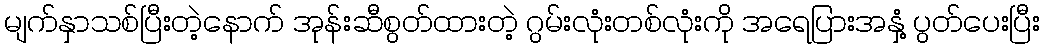
မျက်နှာသစ်ပြီးတဲ့နောက် အုန်းဆီစွတ်ထားတဲ့ ဂွမ်းလုံးတစ်လုံးကို အရေပြားအနှံ့ ပွတ်ပေးပြီး